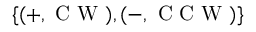
\{ ( + , \mathrm { ~ C ~ W ~ } ) , ( - , \mathrm { ~ C ~ C ~ W ~ } ) \}